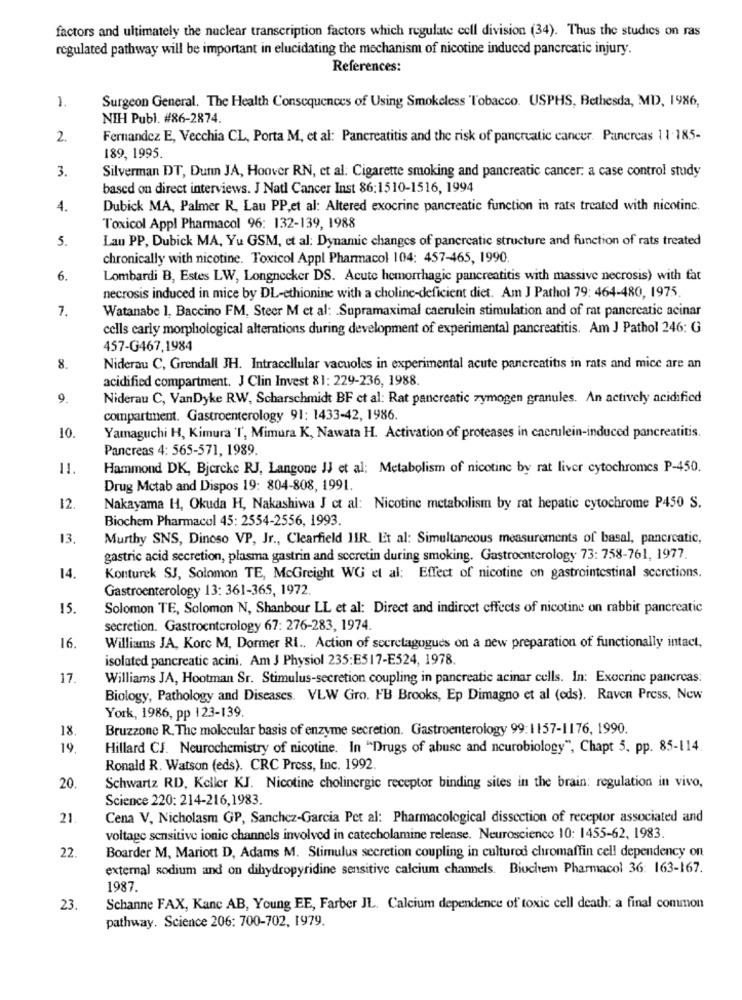
factors and ultimately the nuclear transcription factors which regulate cell division (34). Thus the studies on ras
regulated pathway will be important in elucidating the mechanism of nicotine induced pancreatic injury.
References:
Surgeon General. The Health Consequences of Using Smokeless Tobacco. USPHS, Bethesda, MD, 1986,
1.
NIH Publ. #86-2874.
2.
Fernandez E, Vecchia CL, Porta M, et al: Pancreatitis and the risk of pancreatic cancer. Pancreas 11-185-
189, 1995.
3.
Silverman DT, Dunn JA, Hoover RN, et al: Cigarette smoking and pancreatic cancer: a case control study
based on direct interviews. J Natl Cancer Inst 86:1510-1516, 1994
4.
Dubick MA, Palmer R, Lau PP,et al: Altered exocrine pancreatic function in rats treated with nicotine.
Toxicol Appl Pharmacol 96: 132-139, 1988
5.
Lau PP, Dubick MA, Yu GSM, et al: Dynamic changes of pancreatic structure and function of rats treated
chronically with nicotine. Toxicol Appl Pharmacol 104: 457-465, 1990.
6.
Lombardi B, Estes LW, Longnecker DS. Acute hemorrhagic pancreatitis with massive necrosis) with fat
necrosis induced in mice by DL-ethionine with a choline-deficient diet. Am J Pathol 79: 464-480, 1975.
7.
Watanabe 1. Baccino FM, Steer M et al: Supramaximal caerulein stimulation and of rat pancreatic acinar
cells carly morphological alterations during development of experimental pancreatitis. Am J Pathol 246: G
457-G467,1984
8.
Niderau C, Grendall JH. Intracellular vacuoles in experimental acute pancreatitis in rats and mice are an
acidified compartment. J Clin Invest 81: 229-236, 1988.
9.
Niderau C, VanDyke RW, Scharschmidt BF ct al: Rat pancreatic zymogen granules. An actively acidified
compartment. Gastroenterology 91: 1433-42, 1986.
10
Yamaguchi H, Kimura T', Mimura K, Nawata H. Activation of proteases in caerulein-induced pancreatitis.
Pancreas 4: 565-571, 1989.
11.
Hammond DK, Bjercke RJ, Langone JJ et al; Metabolism of nicotine by rat liver cytochromes P-450.
Drug Mctab and Dispos 19: 804-808, 1991.
12
Nakayama H, Okuda H, Nakashiwa J ct al: Nicotine metabolism by rat hepatic cytochrome P450 S.
Biochem Pharmacol 45: 2554-2556, 1993.
13.
Murthy SNS, Dinoso VP, Jr ., Clearfield IIR. Et al: Simultaneous measurements of basal, pancreatic,
gastric acid secretion, plasma gastrin and secretin during smoking. Gastroenterology 73: 758-761, 1977.
14.
Konturek SJ, Solomon TE, McGreight WG et al: Effect of nicotine on gastrointestinal secretions.
Gastroenterology 13: 361-365, 1972.
15
Solomon TE, Solomon N, Shanbour LL et al: Direct and indirect effects of nicotine on rabbit pancreatic
secretion. Gastroenterology 67: 276-283, 1974.
16
Williams JA, Korc M, Dormer RI .. Action of secrelagogues on a new preparation of functionally intact,
isolated pancreatic acini. Am J Physiol 235:E517-E524, 1978.
17.
Williams JA, Hootman Sr. Stimulus-secretion coupling in pancreatic acinar cells. In: Exocrine pancreas:
Biology, Pathology and Diseases. VLW Gro. FB Brooks, Ep Dimagno et al (eds). Raven Press, New
York, 1986, pp 123-139.
18
Bruzzone R. The molecular basis of enzyme secretion. Gastroenterology 99:1157-1176, 1990.
19,
Hillard CJ. Neurochemistry of nicotine. In "Drugs of abuse and neurobiology", Chapt 5, pp. 85-114.
Ronald R. Watson (eds). CRC Press, Inc. 1992.
20.
Schwartz RD, Keller KJ. Nicotine cholinergic receptor binding sites in the brain: regulation in vivo,
Science 220: 214-216,1983.
21
Cena V, Nicholasm GP, Sanchez-Garcia Pet al: Pharmacological dissection of receptor associated and
voltage sensitive ionic channels involved in catecholamine release. Neuroscience 10: 1455-62, 1983.
22.
Boarder M, Mariott D, Adams M. Stimulus secretion coupling in culturod chromaffin cell dependency on
external sodium and on dihydropyridine sensitive calcium channels. Biochem Pharmacol 36: 163-167.
1987.
23
Schanne FAX, Kanc AB, Young EE, Farber JL. Calcium dependence of toxic cell death: a final common
pathway. Science 206: 700-702, 1979.